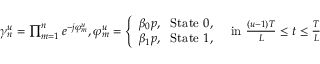
\begin{array} { r } { \gamma _ { n } ^ { u } = \prod _ { m = 1 } ^ { n } e ^ { - j \varphi _ { m } ^ { u } } , \varphi _ { m } ^ { u } = \left\{ \begin{array} { l } { \beta _ { 0 } p , \ \ \mathrm { S t a t e } \ 0 , } \\ { \beta _ { 1 } p , \ \ \mathrm { S t a t e } \ 1 , \ } \end{array} \right. \ \mathrm { i n } \ \frac { ( u - 1 ) T } { L } \leq t \leq \frac { T } { L } \ } \end{array}